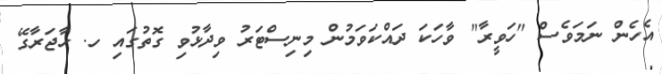
އެހެން ނަމަވެސް "ހަވީރާ" ވާހަކަ ދައްކަވަމުން މިނިސްޓަރު ވިދާޅުވި ގޮތުގައި ހ. ހާޖަރާގޭ